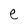
Character: e